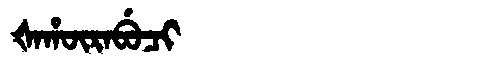
Manchu: ᡧᠠᡥᡡᡵᠠᠪᡠᠴᡳ
Romanization: ŠAHŪRABUCI